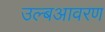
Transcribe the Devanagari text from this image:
उल्बआवरण